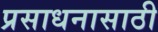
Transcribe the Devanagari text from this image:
प्रसाधनासाठी